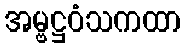
အမ္ဗဋ္ဌဝံသကထာ